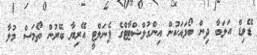
ޑޭވިޑް އަލަބާ ދިން ބޯޅައަކުން އިންގުލްޝްޓާޓްގެ ޕެނަލްޓީ އޭރިޔާ ބޭރުން ތޯމަސް މުލާ